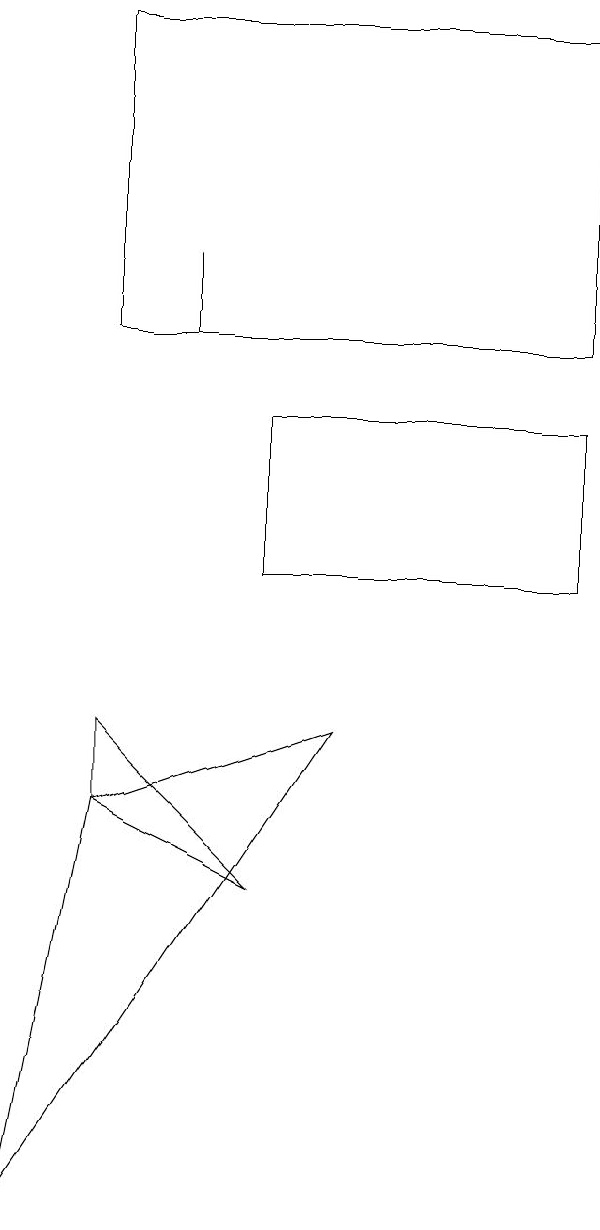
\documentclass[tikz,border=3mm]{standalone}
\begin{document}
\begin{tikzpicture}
\draw (2,15) rectangle (2,14);
\draw (7,18) rectangle (1,14);
\draw (3,7) -- (1,8) -- (1,9) -- cycle;
\draw (4,9) -- (0,3) -- (1,8) -- cycle;
\draw (7,13) rectangle (3,11);
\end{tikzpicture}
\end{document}